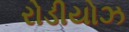
રોડીયોઝ